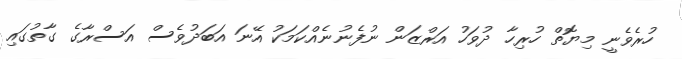
ހުރެވެނީ މިޔޮތް ހުރިހާ ދުވަހު އަރްޒަން ނުފެނުނެއްކަމަކު އޭނަ އަބަދުވެސް އަސްރާގެ ގާތުގައި